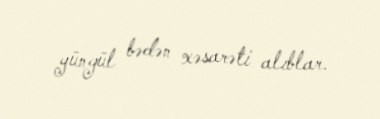
yüngül bədən xəsarəti alıblar.